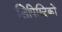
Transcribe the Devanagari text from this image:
लिपिस्टिकों